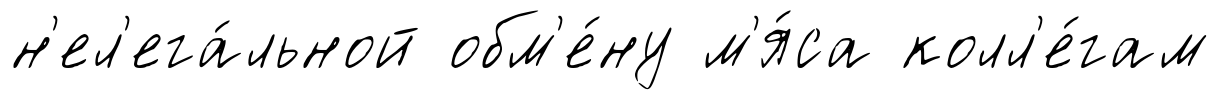
н'ел'ега́льной обм'е́ну м'я́са колл'е́гам